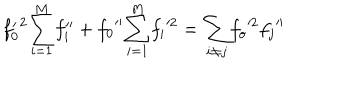
LaTeX: { f _ { 0 } ^ { \prime } } ^ { 2 } { \sum _ { i = 1 } ^ { M } } { f _ { i } ^ { \prime \prime } } + { f _ { 0 } } ^ { \prime \prime } { \sum _ { i = 1 } ^ { M } } { f _ { i } } ^ { 2 } = { \sum _ { i \ne j } } { f _ { o } } ^ { 2 } { f _ { j } } ^ { \prime \prime }